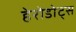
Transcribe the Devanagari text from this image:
हेरोडोट्स